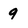
Character: 9